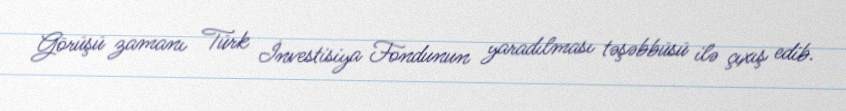
Görüşü zamanı Türk İnvestisiya Fondunun yaradılması təşəbbüsü ilə çıxış edib.